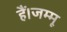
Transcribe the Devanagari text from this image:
हैं।जम्मू